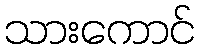
သားကောင်